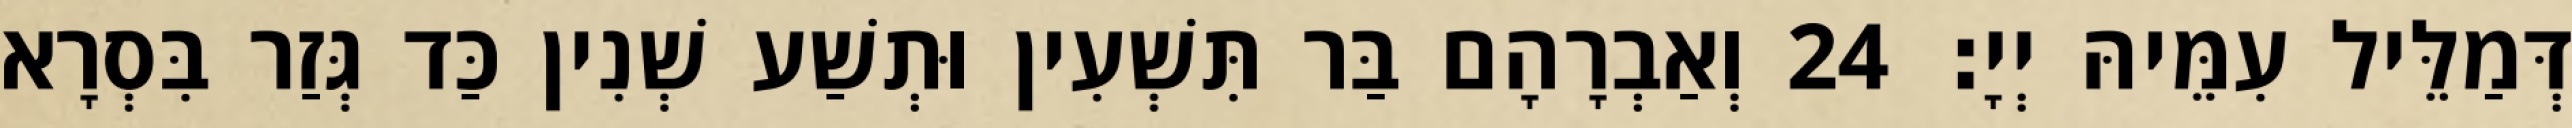
דְּמַלֵּיל עִמֵּיהּ יְיָ׃ 24 וְאַבְרָהָם בַּר תִּשְׁעִין וּתְשַׁע שְׁנִין כַּד גְּזַר בִּסְרָא